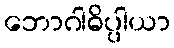
ဘောဂါဓိပ္ပါယာ